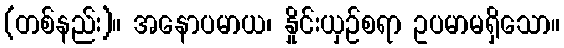
(တစ်နည်း)။ အနောပမာယ၊ နှိုင်းယှဉ်စရာ ဥပမာမရှိသော။